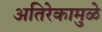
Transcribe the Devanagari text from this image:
अतिरेकामुळे